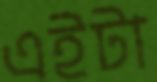
এইটা